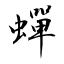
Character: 蟬